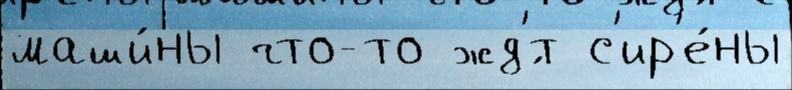
маши́ны что-то жд'́т с'ир'е́ны